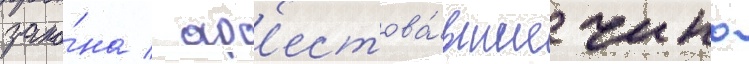
зако́на / ар'естова́вшие чино